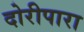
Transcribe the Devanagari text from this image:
दोरीपारा